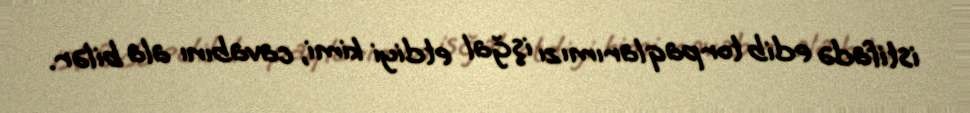
istifadə edib torpaqlarımızı işğal etdiyi kimi, cavabını ala bilər.